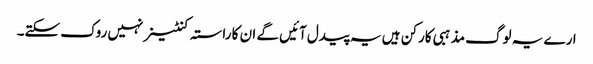
ارے یہ لوگ مذہبی کارکن ہیں یہ پیدل آئیں گے ان کا راستہ کنٹینر نہیں روک سکتے۔